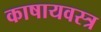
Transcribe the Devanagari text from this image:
काषायवस्त्र